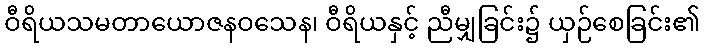
ဝီရိယသမတာယောဇနဝသေန၊ ဝီရိယနှင့် ညီမျှခြင်း၌ ယှဉ်စေခြင်း၏